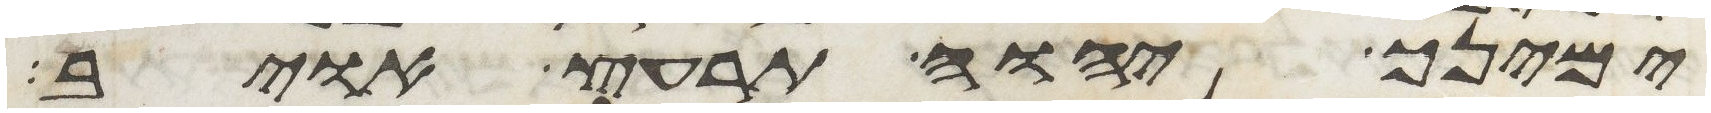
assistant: ימינך יהוה תרעץ אויב